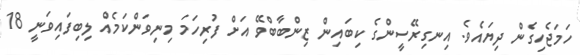
ހަމަޖެހިގެން ދިޔައެވެ. އިނގިރޭސީންގެ ކިބައިން ޒިންބާބްވޭ އަށް ފުރިހަމަ މިނިވަންކަމެއް ލިބިފައިވަނީ 18